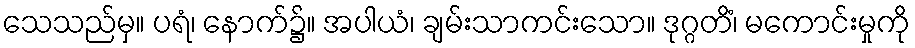
သေသည်မှ။ ပရံ၊ နောက်၌။ အပါယံ၊ ချမ်းသာကင်းသော။ ဒုဂ္ဂတိံ၊ မကောင်းမှုကို